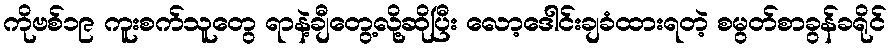
ကိုဗစ်၁၉ ကူးစက်သူတွေ ရာနဲ့ချီတွေ့လို့ဆိုပြီး လော့ဒေါင်းချခံထားရတဲ့ စမွတ်စာခွန်ခရိုင်